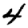
Digit: 4